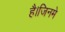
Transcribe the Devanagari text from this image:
है।जिनमे